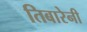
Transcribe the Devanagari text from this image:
तिबारेनी